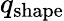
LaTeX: q_{\mathrm{shape}}